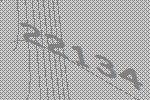
22134